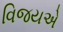
વિજયએ